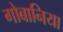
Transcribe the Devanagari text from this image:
गोबानिया